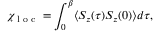
\chi _ { \textrm { l o c } } = \int _ { 0 } ^ { \beta } \langle { S _ { z } ( \tau ) S _ { z } ( 0 ) } \rangle d \tau ,